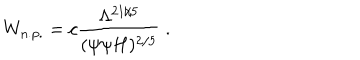
W _ { \mathrm { n . p . } } = c \frac { \Lambda ^ { 2 1 / 5 } } { ( \psi \psi H ) ^ { 2 / 5 } } \ .